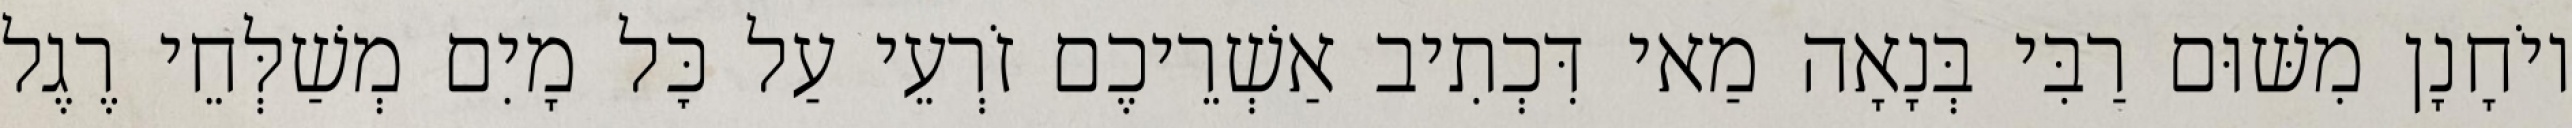
יוֹחָנָן מִשּׁוּם רַבִּי בְּנָאָה מַאי דִּכְתִיב אַשְׁרֵיכֶם זֹרְעֵי עַל כׇּל מָיִם מְשַׁלְּחֵי רֶגֶל